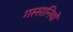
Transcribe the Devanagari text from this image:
गस्सानियों